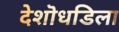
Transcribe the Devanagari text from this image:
देशॊधडिला